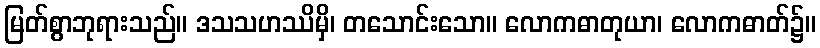
မြတ်စွာဘုရားသည်။ ဒသသဟဿိမှိ၊ တသောင်းသော။ လောကဓာတုယာ၊ လောကဓာတ်၌။